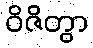
ဝိဇိတွာ